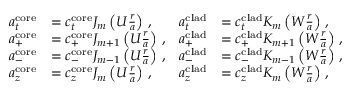
\begin{array} { r l r l } { a _ { t } ^ { \mathrm { c o r e } } } & { = c _ { t } ^ { \mathrm { c o r e } } J _ { m } \left( U \frac { r } { a } \right) \, , } & { a _ { t } ^ { \mathrm { c l a d } } } & { = c _ { t } ^ { \mathrm { c l a d } } K _ { m } \left( W \frac { r } { a } \right) \, , } \\ { a _ { + } ^ { \mathrm { c o r e } } } & { = c _ { + } ^ { \mathrm { c o r e } } J _ { m + 1 } \left( U \frac { r } { a } \right) \, , } & { a _ { + } ^ { \mathrm { c l a d } } } & { = c _ { + } ^ { \mathrm { c l a d } } K _ { m + 1 } \left( W \frac { r } { a } \right) \, , } \\ { a _ { - } ^ { \mathrm { c o r e } } } & { = c _ { - } ^ { \mathrm { c o r e } } J _ { m - 1 } \left( U \frac { r } { a } \right) \, , } & { a _ { - } ^ { \mathrm { c l a d } } } & { = c _ { - } ^ { \mathrm { c l a d } } K _ { m - 1 } \left( W \frac { r } { a } \right) \, , } \\ { a _ { z } ^ { \mathrm { c o r e } } } & { = c _ { z } ^ { \mathrm { c o r e } } J _ { m } \left( U \frac { r } { a } \right) \, , } & { a _ { z } ^ { \mathrm { c l a d } } } & { = c _ { z } ^ { \mathrm { c l a d } } K _ { m } \left( W \frac { r } { a } \right) \, , } \end{array}